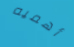
أهميه